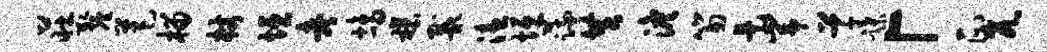
庄厘芭榴杖垣考鸪禳戴溘垣蔬共澹笏是峥草蹀「正兀